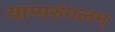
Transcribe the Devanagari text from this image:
याप्परुंगलम्